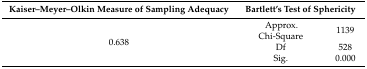
<table><thead><tr><td><b>Kaiser–Meyer–Olkin Measure of Sampling Adequacy</b></td><td colspan="2"><b>Bartlett’s Test of Sphericity</b></td></tr></thead><tbody><tr><td rowspan="3">0.638</td><td>Approx. Chi-Square</td><td>1139</td></tr><tr><td>Df</td><td>528</td></tr><tr><td>Sig.</td><td>0.000</td></tr></tbody></table>